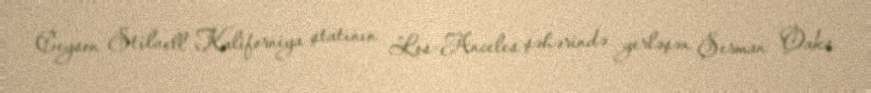
Ceyson Stilvell Kaliforniya ştatının Los-Anceles şəhərində yerləşən Şerman Oaks